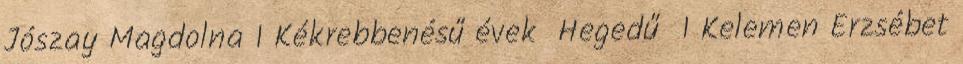
Jószay Magdolna 1 Kékrebbenésű évek Hegedű 1 Kelemen Erzsébet